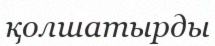
қолшатырды